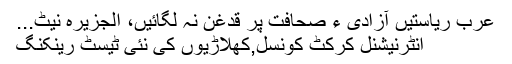
عرب ریاستیں آزادی ء صحافت پر قدغن نہ لگائیں، الجزیرہ نیٹ...
انٹرنیشنل کرکٹ کونسل,کھلاڑیوں کی نئی ٹیسٹ رینکنگ